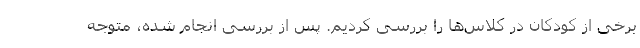
برخی از کودکان در کلاس‌ها را بررسی کردیم. پس از بررسی انجام شده، متوجه